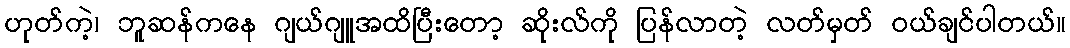
ဟုတ်ကဲ့၊ ဘူဆန်ကနေ ဂျယ်ဂျူအထိပြီးတော့ ဆိုးလ်ကို ပြန်လာတဲ့ လတ်မှတ် ဝယ်ချင်ပါတယ်။